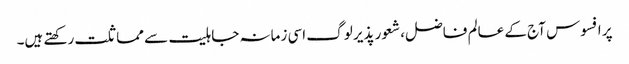
پر افسوس آج کے عالم فاضل، شعور پذیر لوگ اسی زمانہ جاہلیت سے مماثلت رکھتے ہیں۔